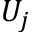
U _ { j }